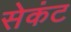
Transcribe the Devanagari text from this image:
सेकंट